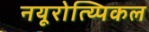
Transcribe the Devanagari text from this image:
नयूरोत्य्पिकल